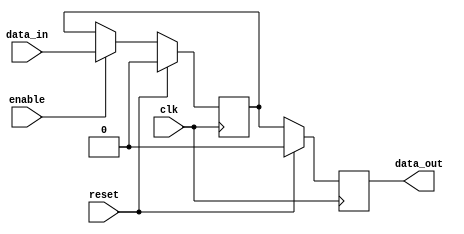
module sequential_logic_block (
  input wire clk,
  input wire reset,
  input wire enable,
  input wire data_in,
  output reg data_out
);

  reg latch_data;
  
  always @ (posedge clk) begin
    if (reset) begin
      latch_data <= 1'b0;
      data_out <= 1'b0;
    end else begin
      if (enable) begin
        latch_data <= data_in;
      end
      data_out <= latch_data;
    end
  end

endmodule